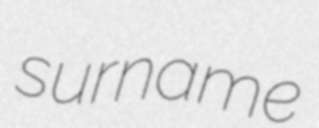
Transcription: surname